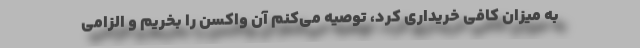
به میزان کافی خریداری کرد، توصیه می‌کنم آن واکسن را بخریم و الزامی